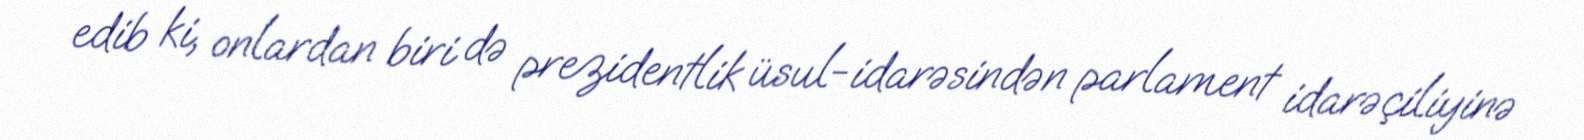
edib ki, onlardan biri də prezidentlik üsul-idarəsindən parlament idarəçiliyinə